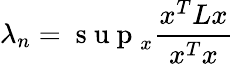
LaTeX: \lambda_{n}=\mathrm{~s~u~p~}_{x}\frac{x^{T}Lx}{x^{T}x}